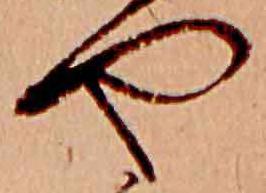
や